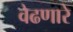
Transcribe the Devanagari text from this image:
वेढणारे